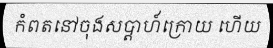
កំពតនៅចុងសប្តាហ៍ក្រោយ ហើយ